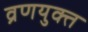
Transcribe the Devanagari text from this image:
व्रणयुक्त